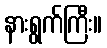
နားရွက်ကြီး။